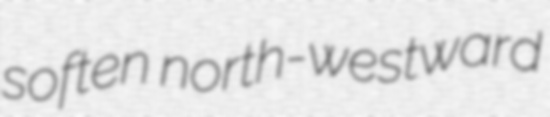
soften north-westward